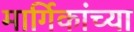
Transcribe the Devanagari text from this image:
मार्गिकांच्या